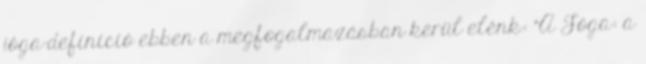
jóga-definíció ebben a megfogalmazásban kerül elénk: "A Jóga: a